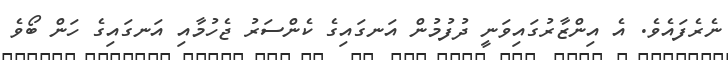
ނެރެފައެވެ. އެ އިންޒާރުގައިވަނީ ދުފުމުން އަނގައިގެ ކެންސަރު ޖެހުމާއި އަނގައިގެ ހަން ބޯވެ